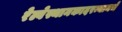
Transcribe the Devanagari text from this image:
रेल्वेस्थानकादरम्यानचे